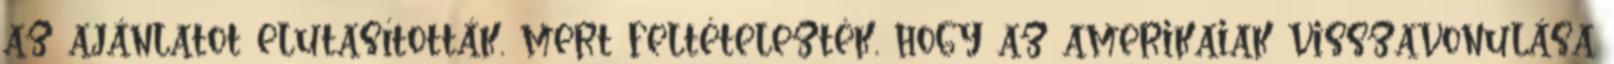
az ajánlatot elutasították, mert feltételezték, hogy az amerikaiak visszavonulása